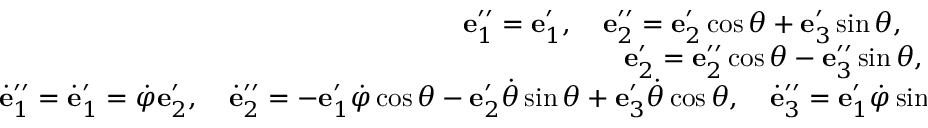
\begin{array} { r } { { \bf e } _ { 1 } ^ { \prime \prime } = { \bf e } _ { 1 } ^ { \prime } , \quad { \bf e } _ { 2 } ^ { \prime \prime } = { \bf e } _ { 2 } ^ { \prime } \cos \theta + { \bf e } _ { 3 } ^ { \prime } \sin \theta , \quad { \bf e } _ { 3 } ^ { \prime \prime } = - { \bf e } _ { 2 } ^ { \prime } \sin \theta + { \bf e } _ { 3 } ^ { \prime } \cos \theta ; } \\ { { \bf e } _ { 2 } ^ { \prime } = { \bf e } _ { 2 } ^ { \prime \prime } \cos \theta - { \bf e } _ { 3 } ^ { \prime \prime } \sin \theta , \quad { \bf e } _ { 3 } ^ { \prime } = { \bf e } _ { 2 } ^ { \prime \prime } \sin \theta + { \bf e } _ { 3 } ^ { \prime \prime } \cos \theta ; } \\ { \dot { \bf e } _ { 1 } ^ { \prime \prime } = \dot { \bf e } _ { 1 } ^ { \prime } = \dot { \varphi } { \bf e } _ { 2 } ^ { \prime } , \quad \dot { \bf e } _ { 2 } ^ { \prime \prime } = - { \bf e } _ { 1 } ^ { \prime } \dot { \varphi } \cos \theta - { \bf e } _ { 2 } ^ { \prime } \dot { \theta } \sin \theta + { \bf e } _ { 3 } ^ { \prime } \dot { \theta } \cos \theta , \quad \dot { \bf e } _ { 3 } ^ { \prime \prime } = { \bf e } _ { 1 } ^ { \prime } \dot { \varphi } \sin \theta - { \bf e } _ { 2 } ^ { \prime } \dot { \theta } \cos \theta - { \bf e } _ { 3 } ^ { \prime } \dot { \theta } \sin \theta . } \end{array}